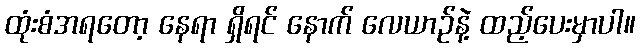
ထုံးစံအရတော့ နေရာ ရှိရင် နောက် လေယာဉ်နဲ့ ထည့်ပေးမှာပါ။